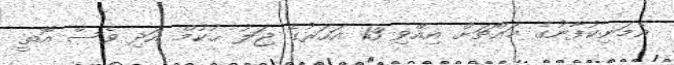
އެމަނިކުފާނުގެ މައްޗަށް އިއްވި 13 އަހަރުގެ ޖަލު ޙުކުމް އަދި ވެސް އޮތީ